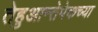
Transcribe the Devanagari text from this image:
तेहुआन्तेपेकच्या